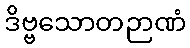
ဒိဗ္ဗသောတဉာဏံ